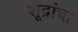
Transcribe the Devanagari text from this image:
शूद्रांचा